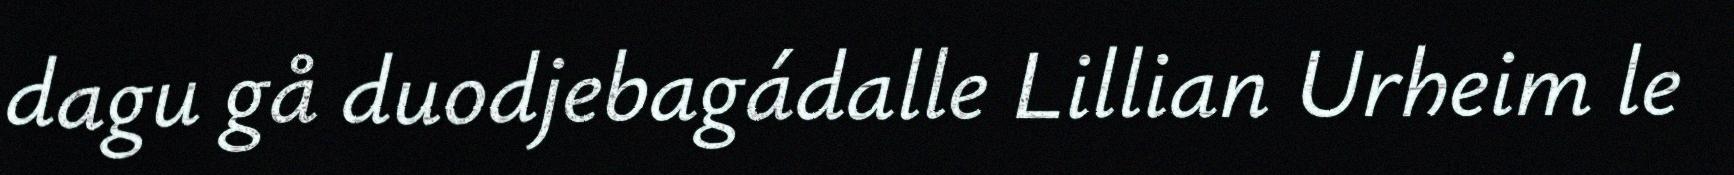
dagu gå duodjebagádalle Lillian Urheim le